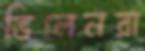
ভিলেনরা